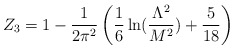
\begin{align*}Z_{3}=1-\frac{1}{2 \pi^{2}}\left(\frac{1}{6}\ln(\frac{\Lambda^{2}}{M^{2}})+\frac{5}{18}\right)\end{align*}